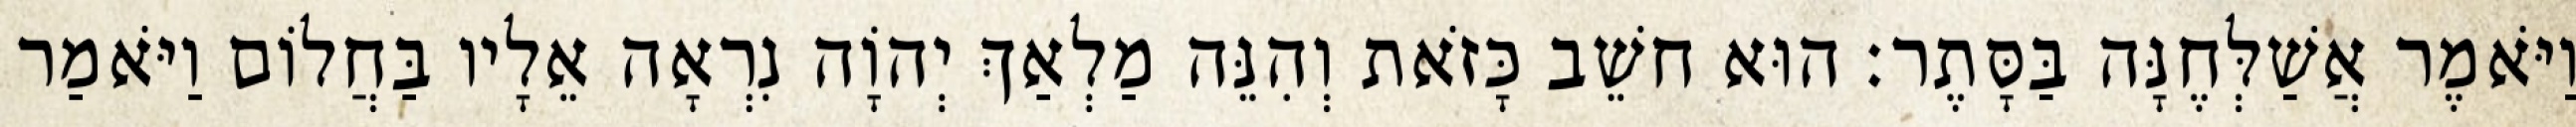
וַיֹּאמֶר אֲשַׁלְּחֶנָּה בַּסָּתֶר׃ הוּא חשֵׁב כָּזֹאת וְהִנֵּה מַלְאַךְ יְהוָֹה נִרְאָה אֵלָיו בַּחֲלוֹם וַיֹּאמַר